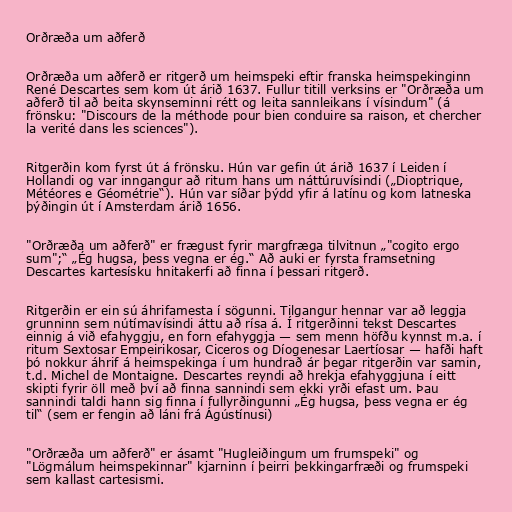
Orðræða um aðferð

Orðræða um aðferð er ritgerð um heimspeki eftir franska heimspekinginn
René Descartes sem kom út árið 1637. Fullur titill verksins er "Orðræða um
aðferð til að beita skynseminni rétt og leita sannleikans í vísindum" (á
frönsku: "Discours de la méthode pour bien conduire sa raison, et chercher
la verité dans les sciences").

Ritgerðin kom fyrst út á frönsku. Hún var gefin út árið 1637 í Leiden í
Hollandi og var inngangur að ritum hans um náttúruvísindi („Dioptrique,
Météores e Géométrie“). Hún var síðar þýdd yfir á latínu og kom latneska
þýðingin út í Amsterdam árið 1656.

"Orðræða um aðferð" er frægust fyrir margfræga tilvitnun „"cogito ergo
sum";“ „Ég hugsa, þess vegna er ég.“ Að auki er fyrsta framsetning
Descartes kartesísku hnitakerfi að finna í þessari ritgerð.

Ritgerðin er ein sú áhrifamesta í sögunni. Tilgangur hennar var að leggja
grunninn sem nútímavísindi áttu að rísa á. Í ritgerðinni tekst Descartes
einnig á við efahyggju, en forn efahyggja — sem menn höfðu kynnst m.a. í
ritum Sextosar Empeirikosar, Ciceros og Díogenesar Laertíosar — hafði haft
þó nokkur áhrif á heimspekinga í um hundrað ár þegar ritgerðin var samin,
t.d. Michel de Montaigne. Descartes reyndi að hrekja efahyggjuna í eitt
skipti fyrir öll með því að finna sannindi sem ekki yrði efast um. Þau
sannindi taldi hann sig finna í fullyrðingunni „Ég hugsa, þess vegna er ég
til“ (sem er fengin að láni frá Ágústínusi)

"Orðræða um aðferð" er ásamt "Hugleiðingum um frumspeki" og
"Lögmálum heimspekinnar" kjarninn í þeirri þekkingarfræði og frumspeki
sem kallast cartesismi.